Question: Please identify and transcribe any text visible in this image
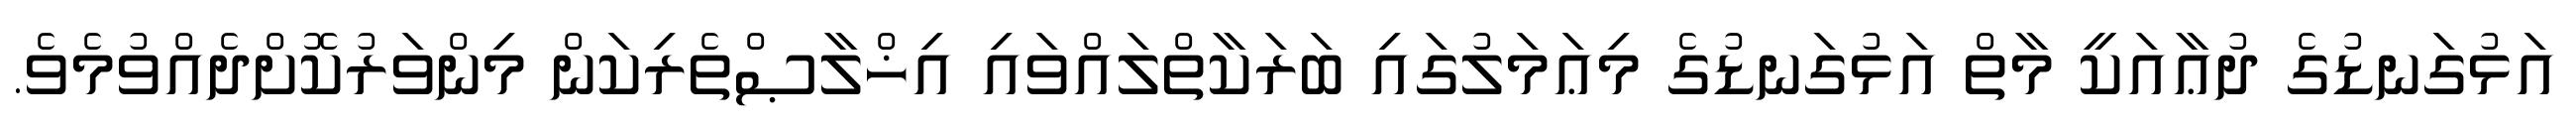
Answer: އަޅުގަނޑުގެ ދުޢާއަކީ މާތް އަޅުގަނޑުގެ މިޢަމަލުގައި ބަރަކާތްލައްވައި އިޚްލާޞްތެރިކަން މިންވަރުކޮށްދެއްވުމެވެ.